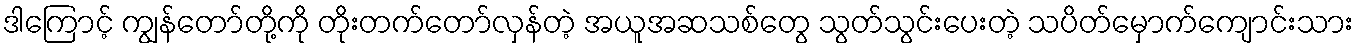
ဒါကြောင့် ကျွန်တော်တို့ကို တိုးတက်တော်လှန်တဲ့ အယူအဆသစ်တွေ သွတ်သွင်းပေးတဲ့ သပိတ်မှောက်ကျောင်းသား